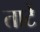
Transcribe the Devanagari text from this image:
ताटें